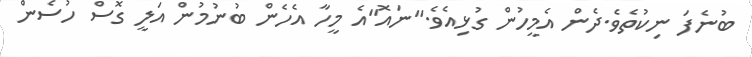
ބުނެފަ ނިކުތެވެ.ދެން އެމީހުން ގުޅިއެވެ."ނައޮ"އެ މީހާ އެހެން ބުނުމުން އަލީ ގޮސް ހުސެން